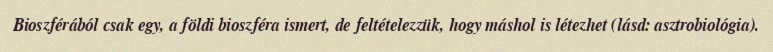
Bioszférából csak egy, a földi bioszféra ismert, de feltételezzük, hogy máshol is létezhet (lásd: asztrobiológia).